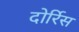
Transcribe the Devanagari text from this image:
दोर्रिस